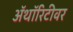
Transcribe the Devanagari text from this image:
ॲथॉरिटीवर